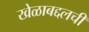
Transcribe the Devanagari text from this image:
खेळाबद्दलची